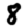
Digit: 8